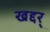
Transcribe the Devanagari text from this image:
खद्दर्